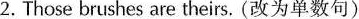
2.Those brushes are theirs. (改为单数句)